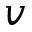
v